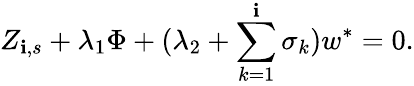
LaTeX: Z_{\mathbf{i},s}+\lambda_{1}\Phi+(\lambda_{2}+\sum_{k=1}^{\mathbf{i}}\sigma_{k})w^{\ast}=0.